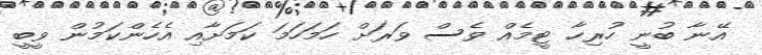
އޭނާ ބުނީ ހުރިހާ ޓީމެއް ވެސް ވަރަށް ހަމަހަމަ ކަމަށާއި އެހެންކަމުން ވީބީ